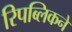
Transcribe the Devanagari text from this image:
रिपब्लिकने